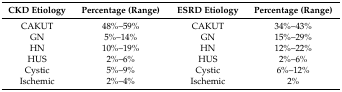
| CKD Etiology | Percentage (Range) | ESRD Etiology | Percentage (Range) |
 | --- | --- | --- | --- |
 | CAKUT | 48%–59% | CAKUT | 34%–43% |
 | GN | 5%–14% | GN | 15%–29% |
 | HN | 10%–19% | HN | 12%–22% |
 | HUS | 2%–6% | HUS | 2%–6% |
 | Cystic | 5%–9% | Cystic | 6%–12% |
 | Ischemic | 2%–4% | Ischemic | 2% |